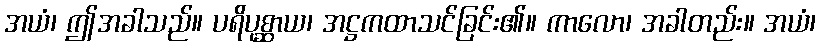
အယံ၊ ဤအခါသည်။ ပရိပုစ္ဆာယ၊ အဋ္ဌကထာသင်ခြင်း၏။ ကာလော၊ အခါတည်း။ အယံ၊